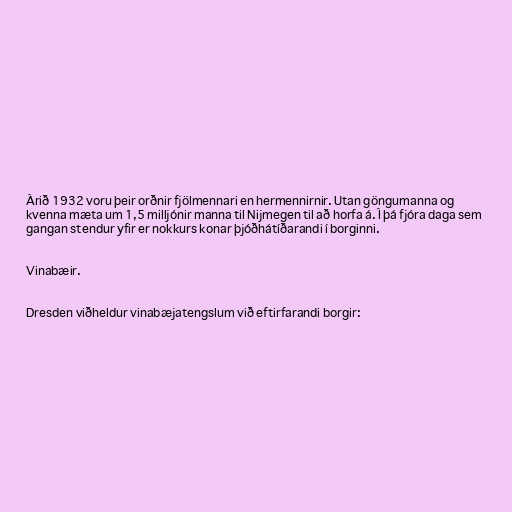
Árið 1932 voru þeir orðnir fjölmennari en hermennirnir. Utan göngumanna og
kvenna mæta um 1,5 milljónir manna til Nijmegen til að horfa á. Í þá fjóra daga sem
gangan stendur yfir er nokkurs konar þjóðhátíðarandi í borginni.

Vinabæir.

Dresden viðheldur vinabæjatengslum við eftirfarandi borgir: